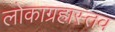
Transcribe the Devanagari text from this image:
लोकाग्रहास्तव